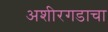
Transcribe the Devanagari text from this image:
अशीरगडाचा